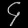
Digit: ၄